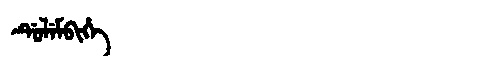
Manchu: ᡩᡠᠯᡝᠮᠪᡳᡥᡝ
Romanization: DULEMBIHE